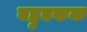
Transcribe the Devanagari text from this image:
बहुएकक